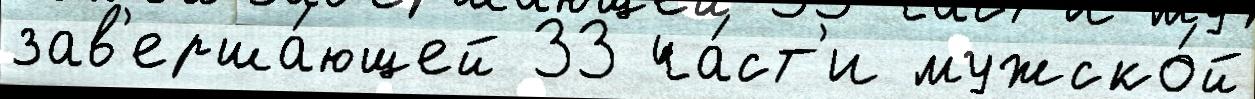
зав'ерша́ющей 33 ча́ст'и мужско́й